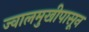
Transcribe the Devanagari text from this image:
ज्वालमुखीपासून